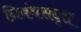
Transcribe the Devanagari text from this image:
निबंधसदृश